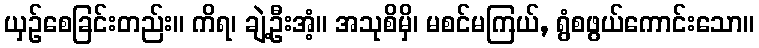
ယှဉ်စေခြင်းတည်း။ ကိရ၊ ချဲ့ဦးအံ့။ အသုစိမှိ၊ မစင်မကြယ်, ရွံစဖွယ်ကောင်းသော။